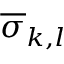
\overline { { \sigma } } _ { k , l }